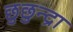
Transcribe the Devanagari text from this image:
छुछुन्द्रा